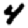
Digit: 4